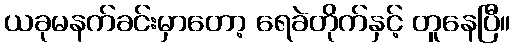
ယခုမနက်ခင်းမှာတော့ ရေခဲတိုက်နှင့် တူနေပြီ။